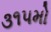
૩૧૫મો